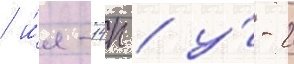
/ и́л-14п / у́-2